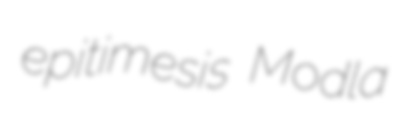
epitimesis Modla